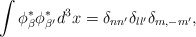
\begin{align*}\int\phi_{\beta}^{\ast}\phi_{\beta'}^{\ast}d^{3}x=\delta_{nn'}\delta_{ll'}\delta_{m,-m'},\end{align*}